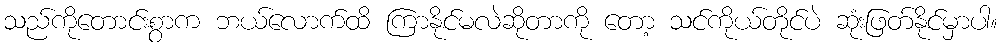
သည်ကိုတောင်းစွာက ဘယ်လောက်ထိ ကြာနိုင်မလဲဆိုတာကို တော့ သင်ကိုယ်တိုင်ပဲ ဆုံးဖြတ်နိုင်မှာပါ။